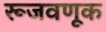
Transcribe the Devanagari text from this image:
रूजवणूक